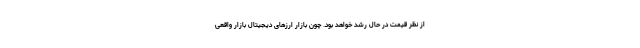
از نظر قیمت در حال رشد خواهد بود. چون بازار ارزهای دیجیتال بازار واقعی